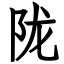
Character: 陇